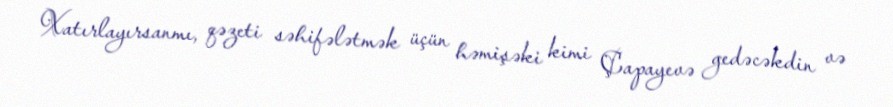
Xatırlayırsanmı, qəzeti səhifələtmək üçün həmişəki kimi Çapayevə gedəcəkdin və